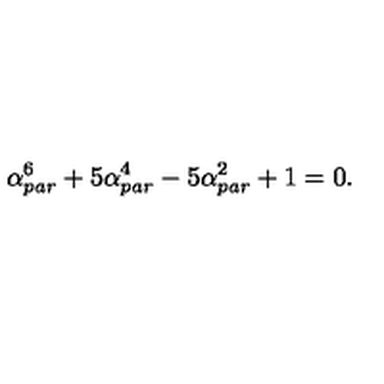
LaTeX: \alpha _ { p a r } ^ { 6 } + 5 \alpha _ { p a r } ^ { 4 } - 5 \alpha _ { p a r } ^ { 2 } + 1 = 0 .